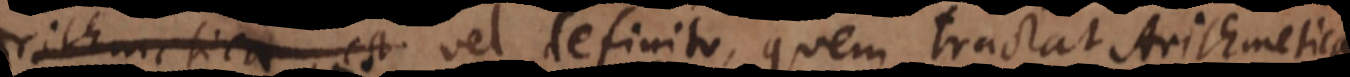
sive Algebra, vel definito, quem tractat Arithmetica,